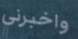
واخبرني